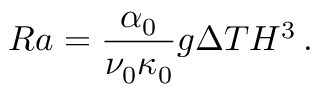
R a = \frac { \alpha _ { 0 } } { \nu _ { 0 } \kappa _ { 0 } } g \Delta T H ^ { 3 } \, .